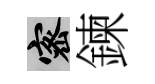
密鍊